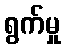
ရွက်မှု